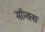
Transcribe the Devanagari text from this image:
मॉन्क्स